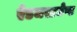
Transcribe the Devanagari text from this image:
ऐडजस्टमेण्ट